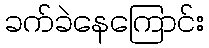
ခက်ခဲနေကြောင်း